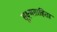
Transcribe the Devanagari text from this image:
सूक्ष्मग्राहिता